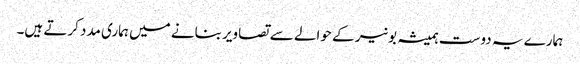
ہمارے یہ دوست ہمیشہ بونیر کے حوالے سے تصاویر بنانے میں ہماری مدد کرتے ہیں۔